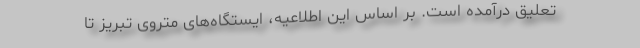
تعلیق درآمده است. بر اساس این اطلاعیه، ایستگاه‌های متروی تبریز تا